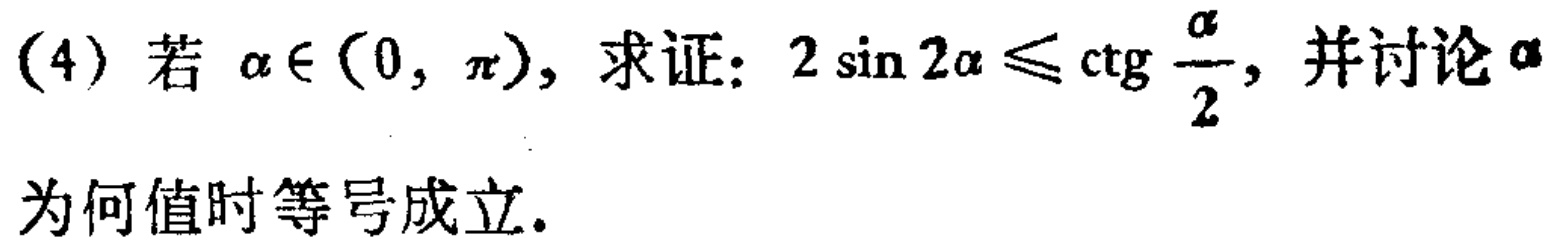
(4) 若 \(\alpha\in(0,\pi)\)，求证：\(2\sin 2\alpha\leqslant\mathrm{ctg} \frac{\alpha}{2}\)，并讨论\(\alpha\)为何值时等号成立.